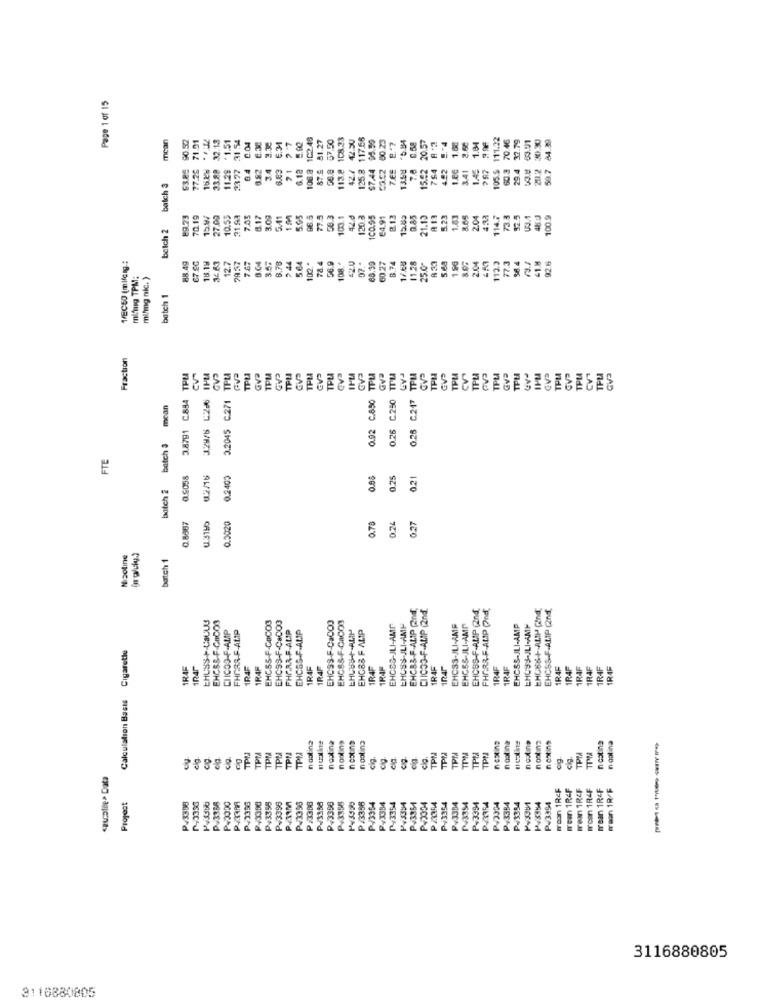
Page 1 of 15
mcan
71.01
....
32.13
108 3 1C2.48
12 108.23
125.8 117.56
20.57
297 396
105.5 111.22
70.46
32.79
.1.51
3377 31 54
0.04
2.30
3.30
6.31
>'7
$7.44 $5.50
*5.84
0.58
2.60
1.84
63.91
63.85
8
64
3.82
6.12
130
7.0
764
4.92
3.41
60.3
29.4
202
77.26
33.88
batch 3
89.23
70.19
7.05
8.17
3.09
5.41
1.M
5.65
86.5
77.5
50.3
103.1
42.0
120.3
100.95
€4.91
8.13
15.09
0.85
21.13
5.23
1.83
8.65
2.04
114.7
73.5
$2.5
48.3
100.9
bcich 2
18.19
7.67
5.68
2.04
1/EC50 (mlfcig .:
88.49
67 EC
12.7
6.78
3.64
102 .*
78.4
58.9
108."
80.30
60.27
8.74
1/.65
11.28
25.0-
113.3
77.3
98.4
41.8
92.6
milling TPM;
ml/mg nic. )
batch 1
Fraction
TPU
IPLA
TPLI
TPL
TPU
CV3
TPM
TPLI
GVª
TPL
TPM
GVª
TPL
TPLA
TPU
Gva
TPL
GVª
TPL
GVª
TPL
TPU
3.8791 C.854
3.29/6 0276
3.2045 C.271
ESELESE
0.92 C.850
0.26 C.250
0.26 C.247
batch 2 batch 3 mcan
FTE
0.9058
02/16
0.2020 0.2400
0.00
0.25
0.21
batch 2
0.8887
0.3150
0.27
0.78
0.24
Nicotine
batch 1
EHC83-F-ALIP Rnd,
CI1003-F-ALIP (2nd.
EHCSS-F-ALIP (2nd,
FHGRR-F-ALIP Ond,
EHUS&+-ALTH Ind,
EHCSS-F-ALIP (2nd;
EHUSS+-LaULU
EHCS&-F-CnCOS
EHCSS-F-COCO3
FHAAR-F-ALIP
EHCS3-F-CaCO3
FHARA-F-ALIP
EHCSS-F-ALIP
EHCSS-F-CaCOO
EHO88-F-CACO3
EHUBS-+-ALIP
EHC88 F ALIP
EHCSS-JLI-AMP
EHCSS-JLI-AMP
EHCSS-JLI-AMP
EHCSS-JLI-AMP
EHCSS-JLI-AMP
EHCSS-JLI-AMP
CHICOS-F-ALIP
Cigarette
1RAF
1047
1RAF
RAF
1RAF
IRAF
1R4F
TRAF
TRAF
1R4F
1RAF
1RAP
1RAP
1RAF
1RAF
1RAP
Calculation Basis
naatina
nostina
nosting
noatina
nosting
nesting
TPM
nuline
nonting
TIPI
n estina
nealine
nostine
nostina
noating
eg
co.
TPU
TPM
TPM
IPIA
TPM
cig.
eia.
cig.
TPN
TRIA
TPLA
TPM
og.
cig.
ĒÈJ
<zucalle> Data
mean 1R4F
wrem 1R&F
Trein 1R4F
Broen 1R4F
Trean 1R&F
main 1R/F
Project
P43396
P+3398
P/3388
P+3358
P+3384
P4/3394
P¥3386
P+2000
P43350
₱43355
PJ/3398
P-/3358
PV3398
P/3356
P/3354
243354
43354
PV3354
P40304
₱/3354
P+3334
PV3354
P¥3394
P-/3354
PV3304
P-/3354
P4/8394
3116880805
3110880805